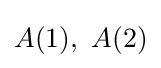
A(1),~A(2)